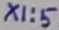
Text: X1:5